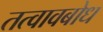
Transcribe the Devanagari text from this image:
तत्वावबोध